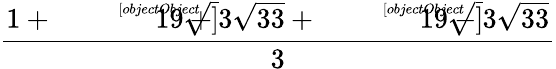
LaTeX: \frac{1+{\sqrt[[objectObject]]{19+3{\sqrt{33}}}}+{\sqrt[[objectObject]]{19-3{\sqrt{33}}}}}{3}